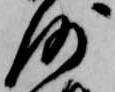
沙